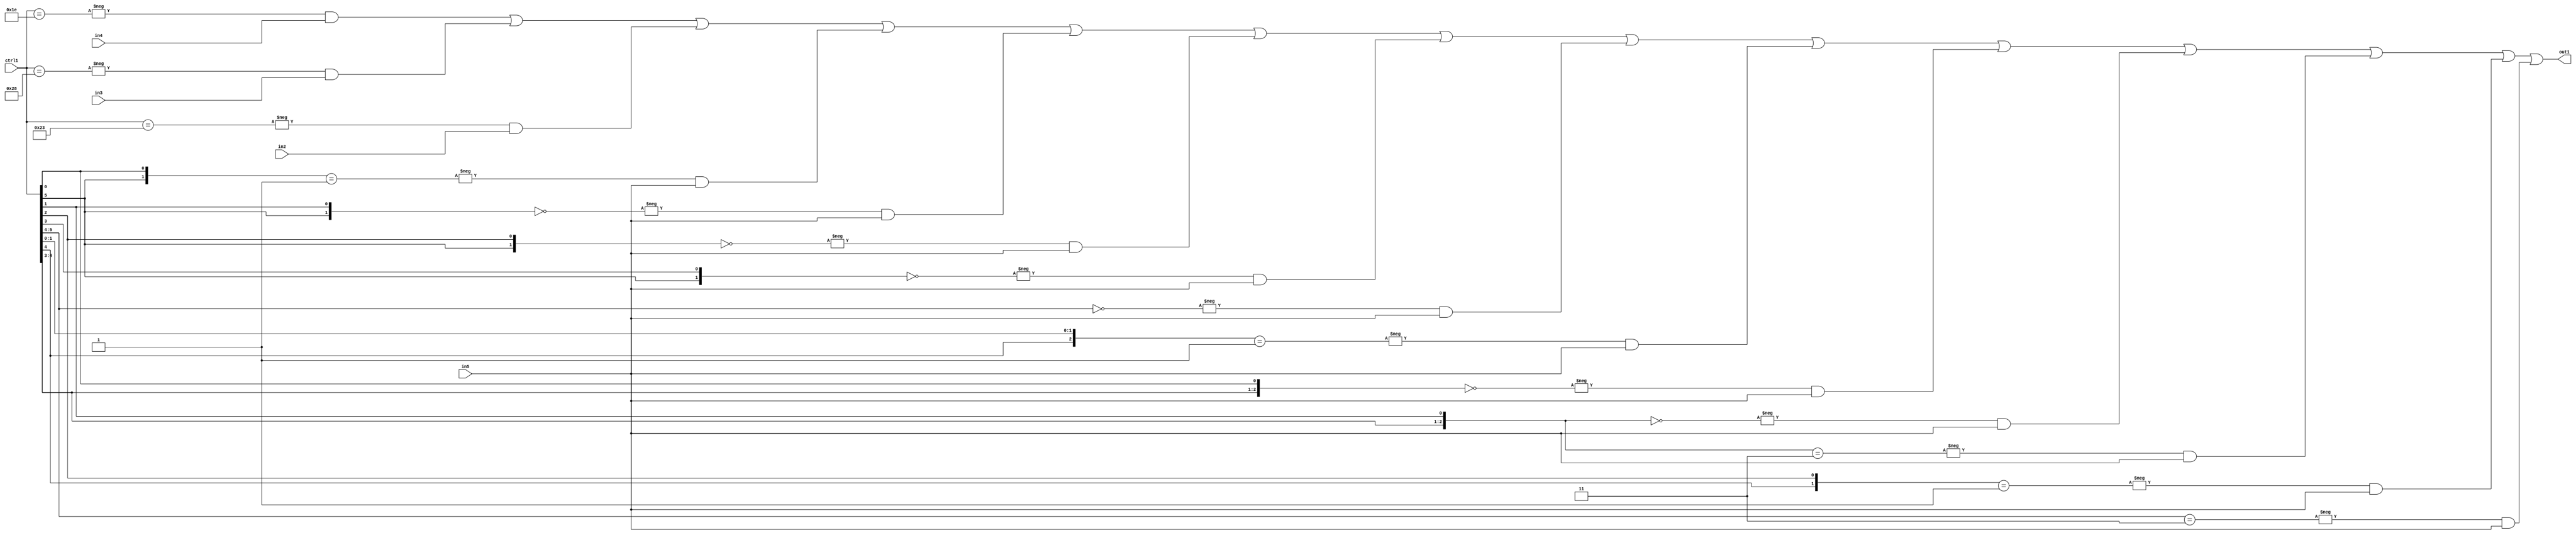
`timescale 1ps / 1ps
/*****************************************************************************
    Verilog RTL Description
    
    
    Created by: Stratus DpOpt 21.05.01 
*******************************************************************************/

module SobelFilter_N_Mux_32_4_32_1 (
	in5,
	in4,
	in3,
	in2,
	ctrl1,
	out1
	); /* architecture "behavioural" */ 
input [31:0] in5;
input [8:0] in4,
	in3,
	in2;
input [5:0] ctrl1;
output [31:0] out1;
wire [31:0] asc001;

assign asc001 = 
	-{ctrl1 == 6'B011110} & in4 |
	-{ctrl1 == 6'B101000} & in3 |
	-{ctrl1 == 6'B100011} & in2 |
	-{{ctrl1[5], ctrl1[0]} == 2'B01} & in5 |
	-{{ctrl1[5], ctrl1[1]} == 2'B00} & in5 |
	-{{ctrl1[5], ctrl1[2]} == 2'B00} & in5 |
	-{{ctrl1[5], ctrl1[3]} == 2'B00} & in5 |
	-{ctrl1[5:4] == 2'B00} & in5 |
	-{{ctrl1[4], ctrl1[1:0]} == 3'B001} & in5 |
	-{{ctrl1[4:3], ctrl1[0]} == 3'B000} & in5 |
	-{{ctrl1[4:3], ctrl1[1]} == 3'B000} & in5 |
	-{{ctrl1[4:3], ctrl1[1]} == 3'B011} & in5 |
	-{{ctrl1[4], ctrl1[2]} == 2'B01} & in5 |
	-{ctrl1[5:4] == 2'B11} & in5 ;

assign out1 = asc001;
endmodule

/* CADENCE  vLf3Sww= : u9/ySxbfrwZIxEzHVQQV8Q== ** DO NOT EDIT THIS LINE ******/